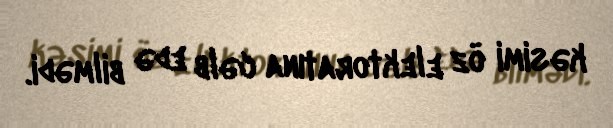
kəsimi öz elektoratına cəlb edə bilmədi.